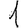
Digit: 1